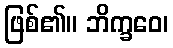
ဖြစ်၏။ ဘိက္ခဝေ၊